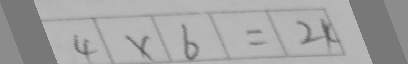
4 \times 6 = 2 4